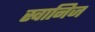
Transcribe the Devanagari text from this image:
स्वानिज